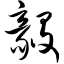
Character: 毅